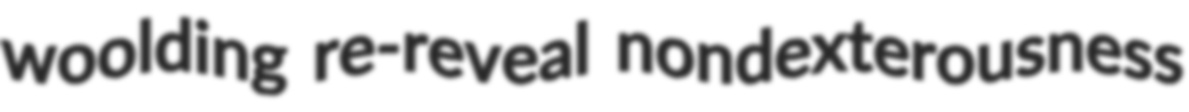
woolding re-reveal nondexterousness